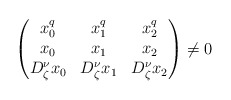
\begin{align*}\begin{pmatrix} x_0^q & x_1^q & x_2^q\\ x_0& x_1 & x_2 \\ D_{\zeta}^{\nu} x_0& D_{\zeta}^{\nu}x_1 &D_{\zeta}^{\nu}x_2\end{pmatrix}\neq 0\end{align*}